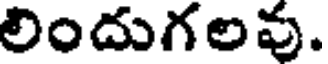
లిందుగలవు.